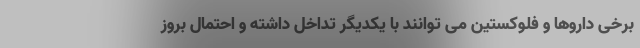
برخی داروها و فلوکستین می توانند با یکدیگر تداخل داشته و احتمال بروز